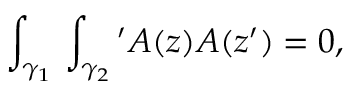
\int _ { \gamma _ { 1 } } \d z \int _ { \gamma _ { 2 } } \d z ^ { \prime } { \cal A } ( z ) { \cal A } ( z ^ { \prime } ) = 0 ,